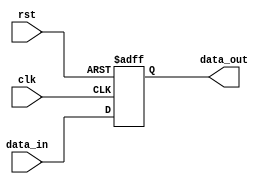
module sample_sequential_logic (
    input wire clk,        // Clock signal
    input wire rst,        // Reset signal
    input wire data_in,    // Input data
    output reg data_out    // Output data
);

    // Sequential logic block triggered on the positive edge of the clock
    always @(posedge clk or posedge rst) begin
        if (rst) begin
            // Reset condition: Clear the output
            data_out <= 1'b0;
        end else begin
            // Update the output based on the input data
            data_out <= data_in;
        end
    end

endmodule